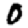
Digit: 0